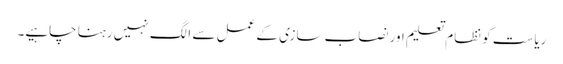
ریاست کو نظام تعلیم اور نصاب سازی کے عمل سے الگ نہیں رہنا چاہیے۔